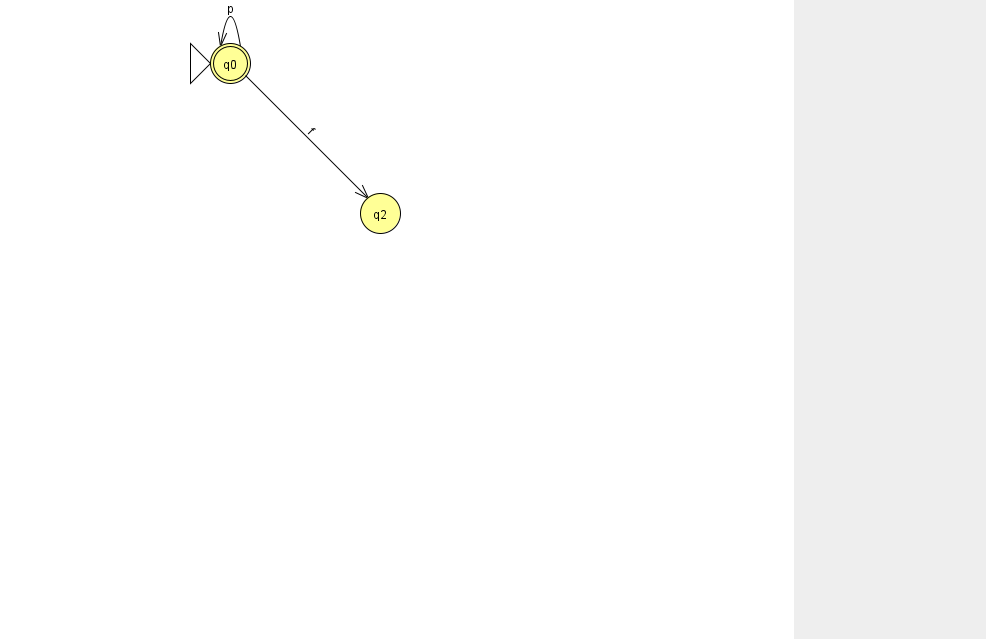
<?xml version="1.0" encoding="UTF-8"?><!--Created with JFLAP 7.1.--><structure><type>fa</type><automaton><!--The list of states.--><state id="0" name="q0"><x>230.0</x><y>50.0</y><initial/><final/></state><state id="2" name="q2"><x>380.0</x><y>200.0</y></state><!--The list of transitions.--><transition><from>0</from><to>0</to><read>p</read></transition><transition><from>0</from><to>2</to><read>f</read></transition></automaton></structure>